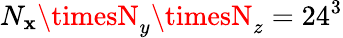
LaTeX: N_{\mathbf{x}}\timesN_{y}\timesN_{z}=24^{3}